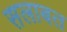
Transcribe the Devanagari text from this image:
सलाबत